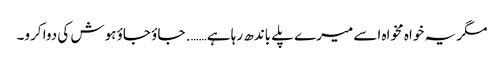
مگر یہ خواہ مخواہ اسے میرے پلے باندھ رہا ہے……. جاؤ جاؤ ہوش کی دوا کرو۔